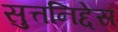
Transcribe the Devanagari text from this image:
सुत्तनिद्देस